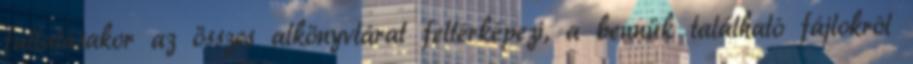
futtatásakor az összes alkönyvtárat feltérképezi, a bennük található fájlokról